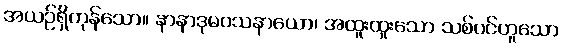
အယဉ်ရှိကုန်သော။ နာနာဒုမဝသနာယော၊ အထူးထူးသော သစ်ပင်ဟူသော